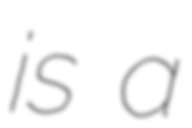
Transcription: is a